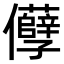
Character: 𠑦